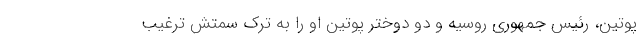
پوتین، رئیس جمهوری روسیه و دو دوختر پوتین او را به ترک سمتش ترغیب